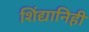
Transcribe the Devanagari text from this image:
शिंद्यानिही